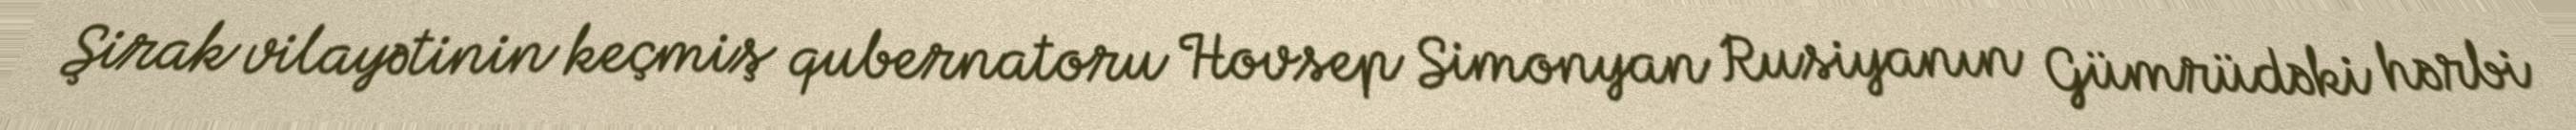
Şirak vilayətinin keçmiş qubernatoru Hovsep Simonyan Rusiyanın Gümrüdəki hərbi